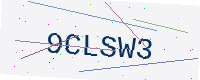
Text: 9CLSW3